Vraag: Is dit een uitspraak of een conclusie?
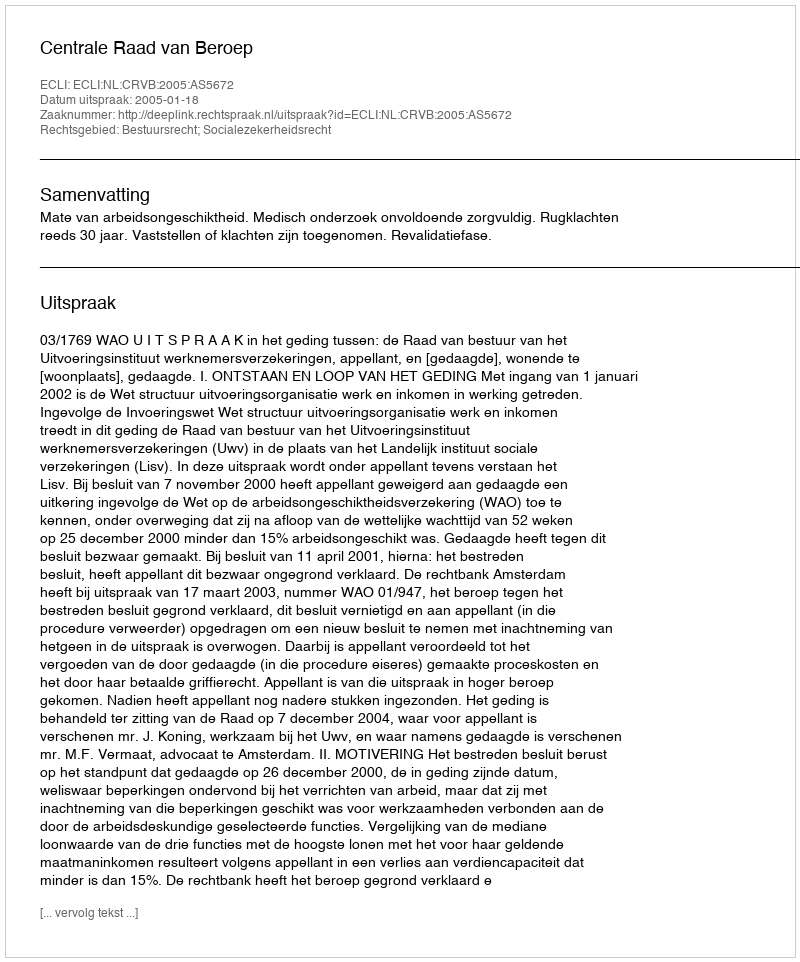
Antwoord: Uitspraak